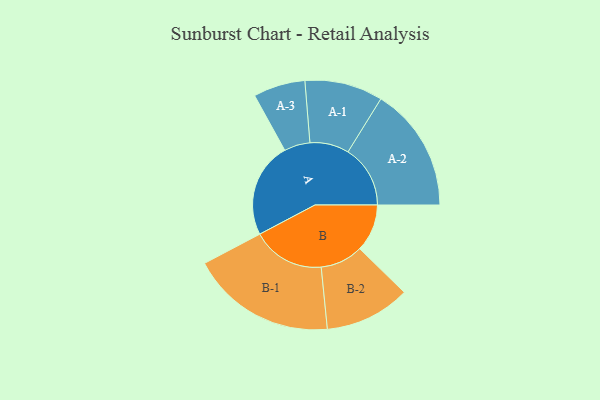
{"axis": {"x": "Segment", "y": "Value"}, "legend": ["", "A", "B"], "data": [{"x": "A", "y": 385, "type": ""}, {"x": "B", "y": 192, "type": ""}, {"x": "A-1", "y": 158, "type": "A"}, {"x": "A-2", "y": 252, "type": "A"}, {"x": "A-3", "y": 105, "type": "A"}, {"x": "B-1", "y": 294, "type": "B"}, {"x": "B-2", "y": 173, "type": "B"}]}